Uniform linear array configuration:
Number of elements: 16
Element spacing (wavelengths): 0.75
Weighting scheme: cosine
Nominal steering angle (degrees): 30
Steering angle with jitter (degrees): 30.634
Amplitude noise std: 0.05
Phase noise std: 0.05

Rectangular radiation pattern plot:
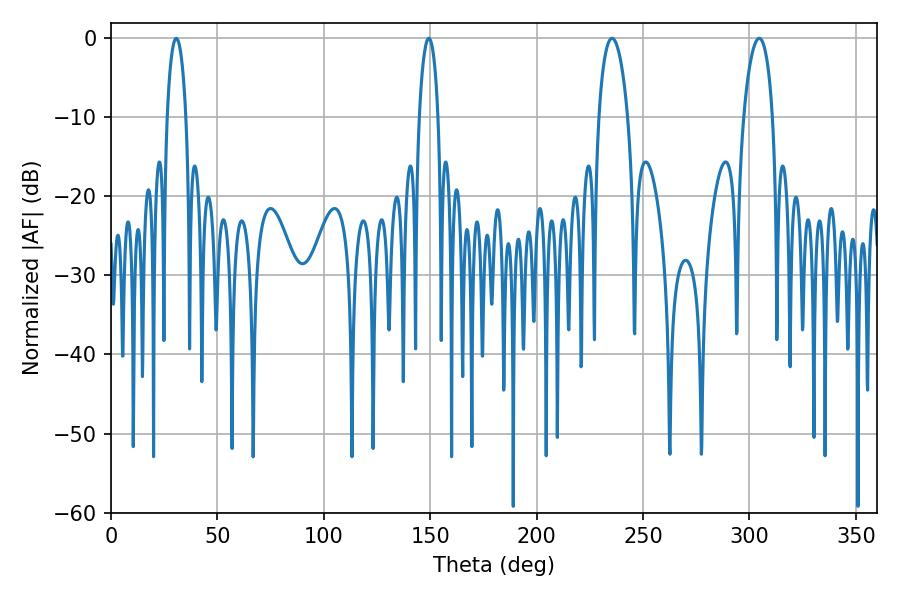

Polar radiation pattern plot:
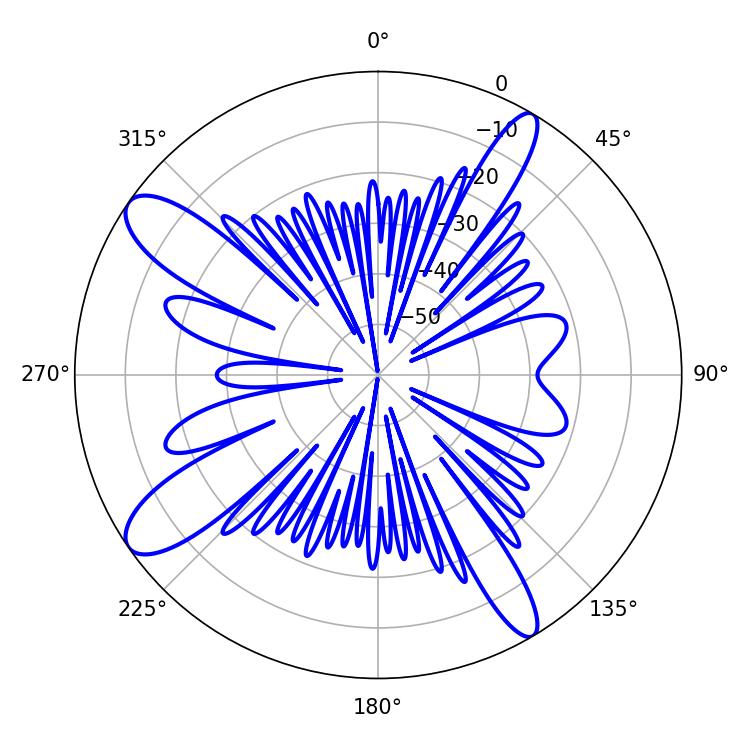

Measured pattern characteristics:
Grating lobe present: TRUE
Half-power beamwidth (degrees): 7.74
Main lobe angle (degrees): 304.56